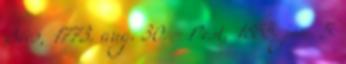
Bécs, 1773. aug. 30. - Pest, 1855. jan. 5.